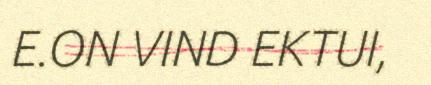
E.ON VIND EKTUI,